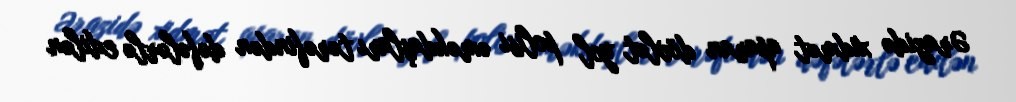
Ərazidə xidmət aparan dövlət yol polisi əməkdaşları tərəfindən dəfələrlə edilən